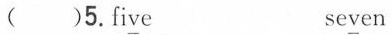
（ ）5.Fi\underline{v}e se\underline{v}en